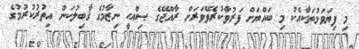
މި ފިޔަވަޅުތަކާއެކު މި ބައްޔަށް ފަރުވާކުރެވޭވަރަށް ރާއްޖޭގެ ޞިއްޙީ ނިޒާމުގެ ޤާބިލުކަން އިތުރުކުރުމުގެ